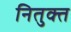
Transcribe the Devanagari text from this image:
नितुक्त